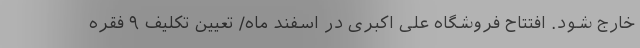
خارج شود. افتتاح فروشگاه علی اکبری در اسفند ماه/ تعیین تکلیف ۹ فقره